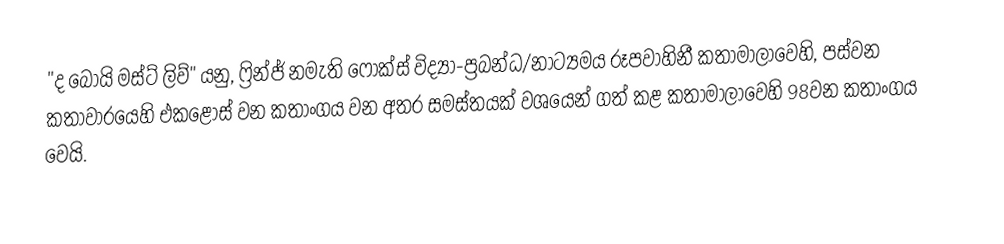
"ද බෝයි මස්ට් ලිව්" යනු,  ෆ්‍රින්ජ් නමැති  ෆොක්ස් විද්‍යා-ප්‍රබන්ධ/නාට්‍යමය රූපවාහිනී කතාමාලාවෙහි, පස්වන කතාවාරයෙහි  එකළොස් වන කතාංගය වන අතර සමස්තයක් වශයෙන් ගත් කළ කතාමාලාවෙහි 98වන කතාංගය වෙයි.